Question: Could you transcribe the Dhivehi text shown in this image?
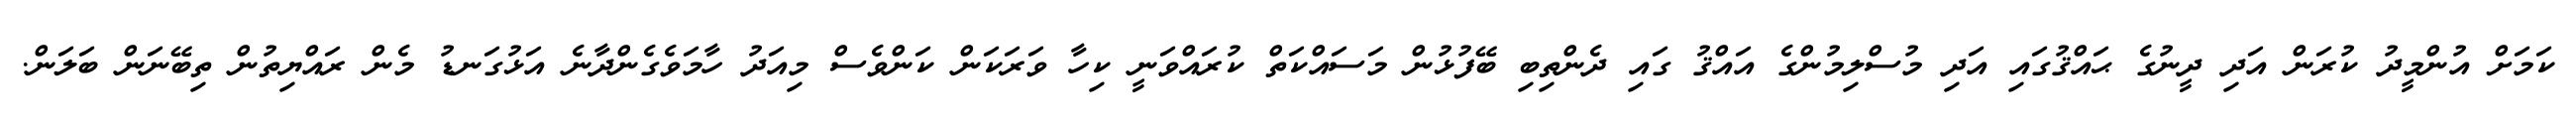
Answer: ކަމަށް އުންމީދު ކުރަން އަދި ދީނުގެ ޙައްޤުގައި އަދި މުސްލިމުންގެ އައްޤު ގައި ދެންތިބި ބޭފުޅުން މަސައްކަތް ކުރައްވަނީ ކިހާ ވަރަކަން ކަންވެސް މިއަދު ހާމަވެގެންދާނެ އަޅުގަނޑު މެން ރައްޔިތުން ތިބޭނަން ބަލަން.